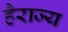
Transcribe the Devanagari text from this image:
हैराज्य